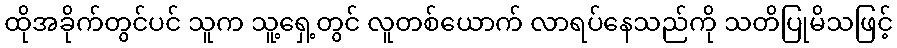
ထိုအခိုက်တွင်ပင် သူက သူ့ရှေ့တွင် လူတစ်ယောက် လာရပ်နေသည်ကို သတိပြုမိသဖြင့်